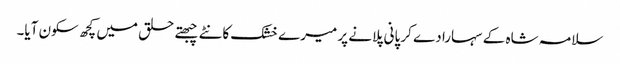
سلامہ شاہ کے سہارا دے کر پانی پلانے پر میرے خشک کانٹے چبھتے حلق میں کچھ سکون آیا۔